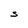
Character: S